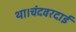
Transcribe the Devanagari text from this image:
था।चंदवरदाई